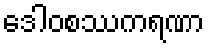
ဒေါဝစဿကရဏာ